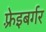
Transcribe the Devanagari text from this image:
फ़्रेइबर्गर